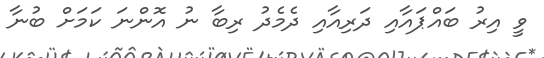
ވީ އިރު ބައްޕައާއި ދަރިއާއި ދެމެދު ރިބާ ނު އޮންނަ ކަމަށް ބުނާ